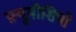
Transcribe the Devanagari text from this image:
फ़्यूमीशियो